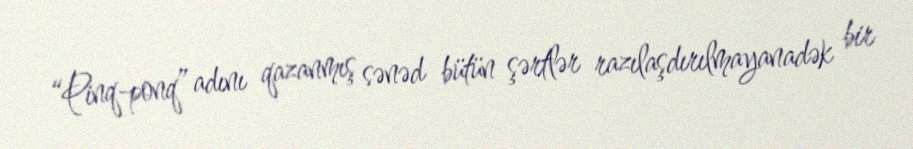
“Pinq-ponq” adını qazanmış sənəd bütün şərtlər razılaşdırılmayanadək bir